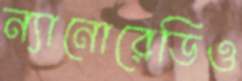
ন্যানোরেডিও